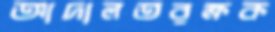
আদালতরক্ষক